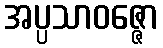
အပ္ပသာဝဇ္ဇော